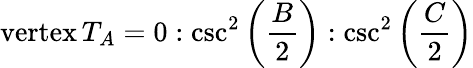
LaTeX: {\mathrm{vertex}}\, T_{A}=0:\csc^{2}\left({\frac{B}{2}}\right):\csc^{2}\left({\frac{C}{2}}\right)